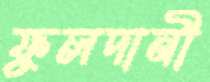
ফুলদানী